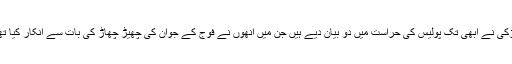
لڑکی نے ابھی تک پولیس کی حراست میں دو بیان دیے ہیں جن میں انھوں نے فوج کے جوان کی چھیڑ چھاڑ کی بات سے انکار کیا تھا۔